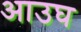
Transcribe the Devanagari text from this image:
आउघ